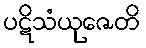
ပဋိသံယုဇေတိ